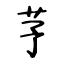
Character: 芧